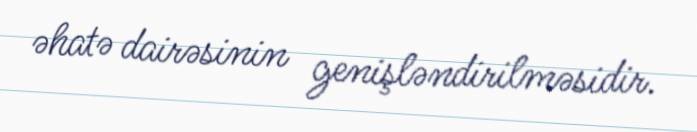
əhatə dairəsinin genişləndirilməsidir.